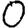
Digit: 0